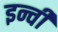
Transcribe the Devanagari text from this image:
इन्ची